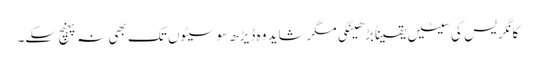
کانگریس کی سیٹیں یقیناًبڑھینگی مگرشاید وہ ڈیڑھ سو سیٹوں تک بھی نہ پہنچ سکے۔